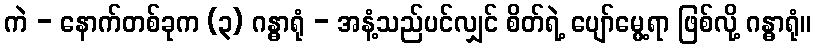
ကဲ - နောက်တစ်ခုက (၃) ဂန္ဓာရုံ - အနံ့သည်ပင်လျှင် စိတ်ရဲ့ ပျော်မွေ့ရာ ဖြစ်လို့ ဂန္ဓာရုံ။